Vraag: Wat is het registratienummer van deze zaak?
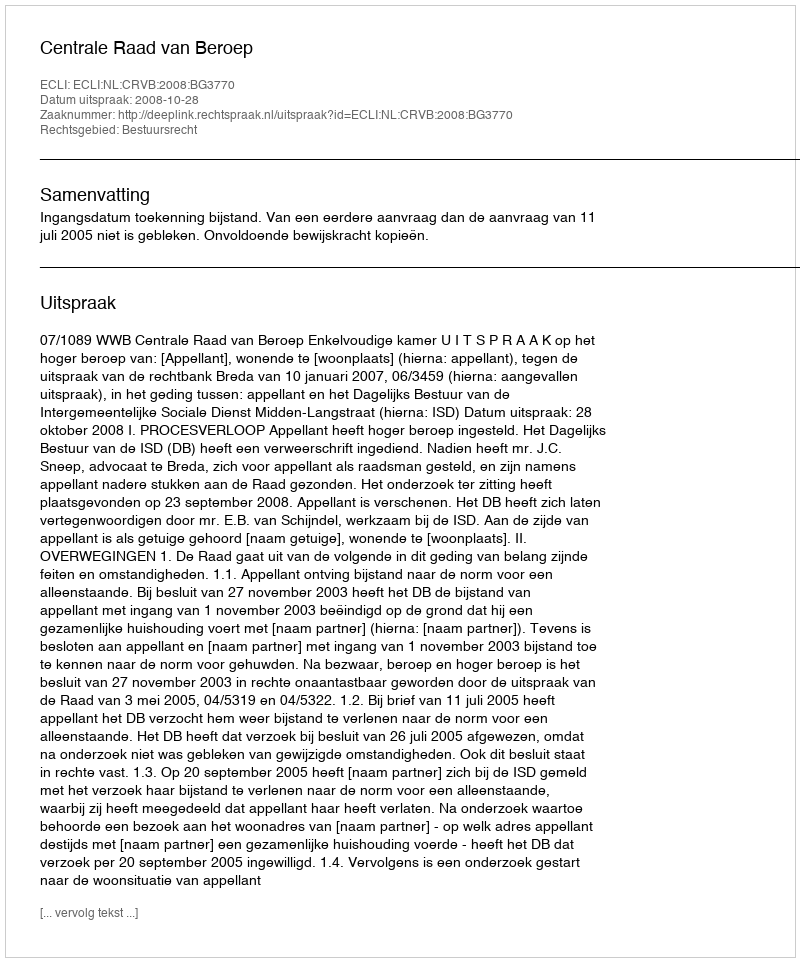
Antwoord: http://deeplink.rechtspraak.nl/uitspraak?id=ECLI:NL:CRVB:2008:BG3770